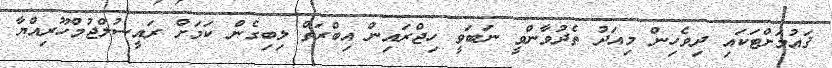
ޤައުމަށްޓަކައި ދިވެހިން މިއަދު ތެދުވާންވީ ނަބަވީ ހިޖްރައިން އިބްރަތް ލިބިގެން ކަމަށް ރައީސުލްޖުމްހޫރިއްޔާ